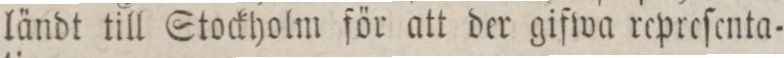
ländt till Stockholm för att der gifwa repreſenta=